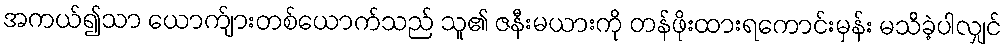
အကယ်၍သာ ယောက်ျားတစ်ယောက်သည် သူ၏ ဇနီးမယားကို တန်ဖိုးထားရကောင်းမှန်း မသိခဲ့ပါလျှင်